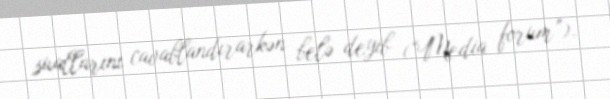
suallarını cavablandırarkən belə deyib (“Media forum”).